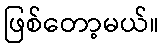
ဖြစ်တော့မယ်။